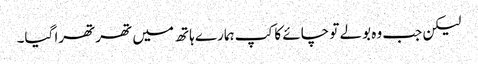
لیکن جب وہ بولے تو چائے کا کپ ہمارے ہاتھ میں تھرتھرا گیا۔